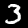
Label: 3